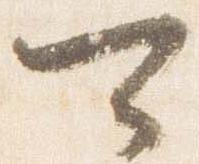
可